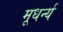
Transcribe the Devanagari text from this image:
मूधर्न्य